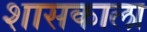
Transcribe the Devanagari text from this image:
शासकाला